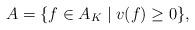
LaTeX: \begin{align*} A = \{ f\in A_K \mid v(f) \geq 0 \}, \end{align*}